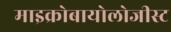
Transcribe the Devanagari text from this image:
माइक्रोबायोलोजीस्ट